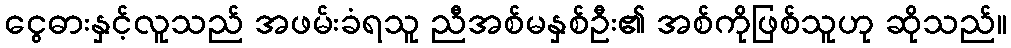
ငွေဓားနှင့်လူသည် အဖမ်းခံရသူ ညီအစ်မနှစ်ဦး၏ အစ်ကိုဖြစ်သူဟု ဆိုသည်။